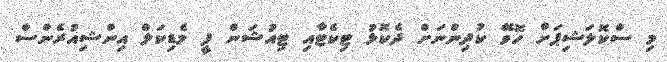
މި ސްކޮލަޝިޕަށް ހޮވޭ ކުދިންނަށް ދެކޮޅު ޓިކެޓާއި ޓިއުޝަން ފީ މެޑިކަލް އިންޝިއުރެންސް